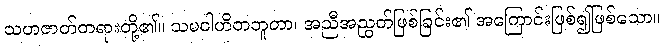
သဟဇာတ်တရားတို့၏။ သမဝါဟိတဘူတာ၊ အညီအညွတ်ဖြစ်ခြင်း၏ အကြောင်းဖြစ်၍ဖြစ်သော။